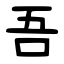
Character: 吾